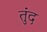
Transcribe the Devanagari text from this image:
तुंद